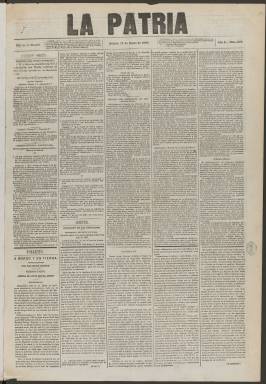
Título: La Patria (Madrid. 1865)
Colección: Periódicos
Ámbito geográfico: Madrid
Lugar de publicación: Madrid
Fechas: 13/01/1866-03/11/1866